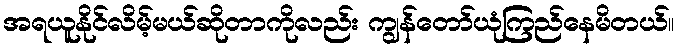
အရယူနိုင်လိမ့်မယ်ဆိုတာကိုလည်း ကျွန်တော်ယုံကြည်နေမိတယ်။